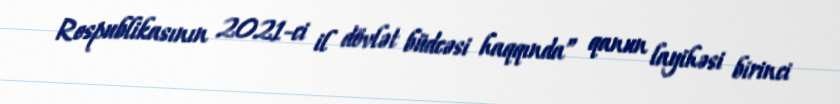
Respublikasının 2021-ci il dövlət büdcəsi haqqında” qanun layihəsi birinci